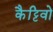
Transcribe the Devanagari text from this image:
कैट्टिवो